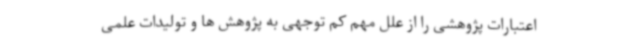
اعتبارات پژوهشی را از علل مهم کم توجهی به پژوهش ها و تولیدات علمی